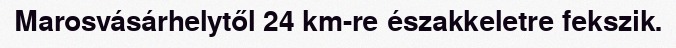
Marosvásárhelytől 24 km-re északkeletre fekszik.